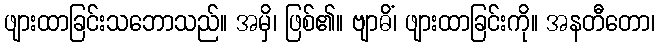
ဖျားထာခြင်းသဘောသည်။ အမှိ၊ ဖြစ်၏။ ဗျာဓိံ၊ ဖျားထာခြင်းကို။ အနတီတော၊